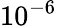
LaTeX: \mathrm{10^{-6}}